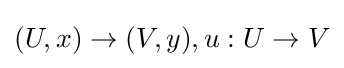
(U,x)\to (V,y),u:U\to V